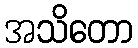
အသိတော